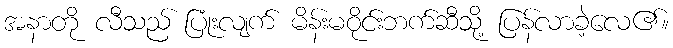
အနာတို လီသည် ပြုံးလျက် မိန်းမဝိုင်းဘက်ဆီသို့ ပြန်လာခဲ့လေ၏။